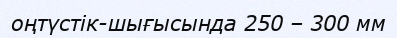
оңтүстік-шығысында 250 – 300 мм